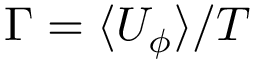
\Gamma = \langle U _ { \phi } \rangle / T